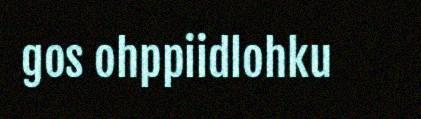
gos ohppiidlohku